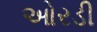
ઓરડી